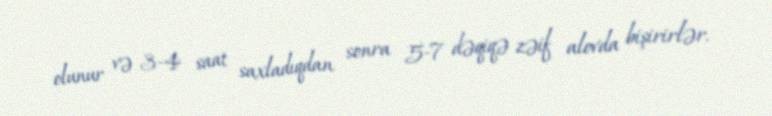
olunur və 3-4 saat saxladıqdan sonra 5-7 dəqiqə zəif alovda bişirirlər.